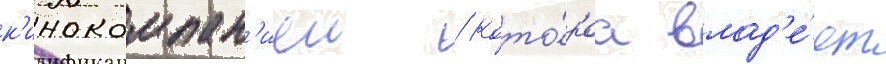
к'инокомпан'иеи / кото́раа влад'е́ет